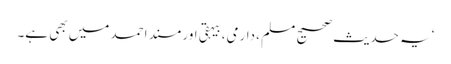
‘یہ حدیث صحیح مسلم ، دارمی، بیہقی اور مسند احمد میں بھی ہے۔